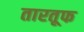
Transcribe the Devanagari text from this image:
तारतूफ